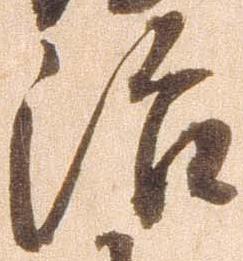
治